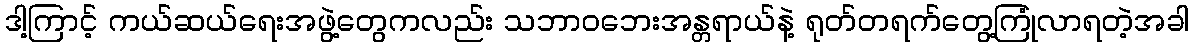
ဒါ့ကြာင့် ကယ်ဆယ်ရေးအဖွဲ့တွေကလည်း သဘာဝဘေးအန္တရာယ်နဲ့ ရုတ်တရက်တွေ့ကြုံလာရတဲ့အခါ